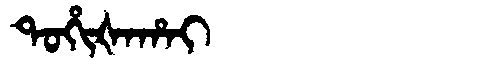
Manchu: ᡨᠣᡥᡳᡧᠠᡥᠠᡳ
Romanization: TOHIŠAHAI